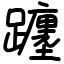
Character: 躔